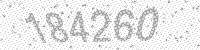
Solution: 184260